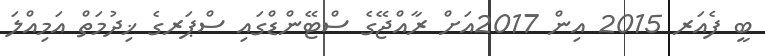
ބީ ފެއަރ 2015 އިން 2017އަށް ރާއްޖޭގެ ސްޓޭންޑްގައި ސްޕަރގެ ޚިދުމަތް އަމިއްލަ